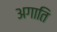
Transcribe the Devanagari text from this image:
अगाति